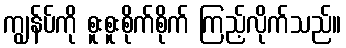
ကျွန်ပ်ကို စူးစူးစိုက်စိုက် ကြည့်လိုက်သည်။